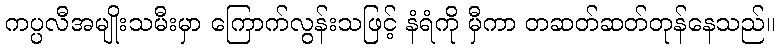
ကပ္ပလီအမျိုးသမီးမှာ ကြောက်လွန်းသဖြင့် နံရံကို မှီကာ တဆတ်ဆတ်တုန်နေသည်။